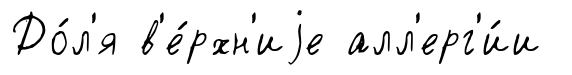
До́л'я в'е́рхн'иjе алл'ерг'и́и